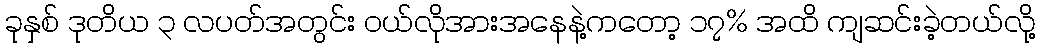
ခုနှစ် ဒုတိယ ၃ လပတ်အတွင်း ဝယ်လိုအားအနေနဲ့ကတော့ ၁၇% အထိ ကျဆင်းခဲ့တယ်လို့